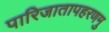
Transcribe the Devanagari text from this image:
पारिजातापहरणमु